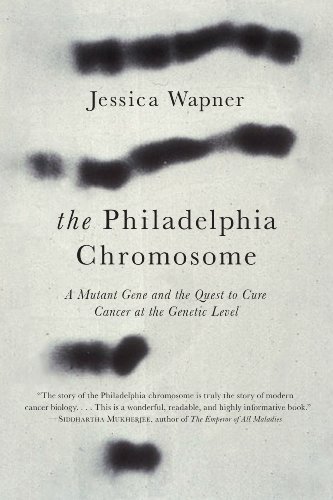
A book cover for The Philadelphia Chromosome: A Mutant Gene and the Quest to Cure Cancer at the Genetic Level; Jessica Wapner; Medical Books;